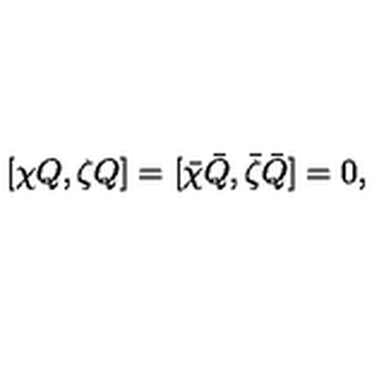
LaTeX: [ \chi Q , \zeta Q ] = [ \bar { \chi } \bar { Q } , \bar { \zeta } \bar { Q } ] = 0 ,